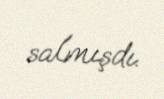
salmışdı.